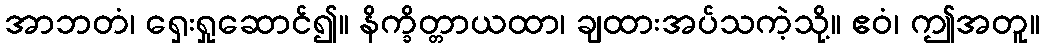
အာဘတံ၊ ရှေးရှုဆောင်၍။ နိက္ခိတ္တာယထာ၊ ချထားအပ်သကဲ့သို့။ ဧဝံ၊ ဤအတူ။